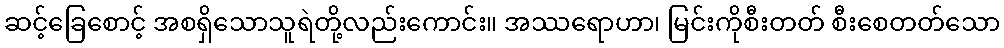
ဆင့်ခြေစောင့် အစရှိသောသူရဲတို့လည်းကောင်း။ အဿရောဟာ၊ မြင်းကိုစီးတတ် စီးစေတတ်သော